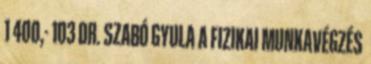
1 400,- 103 DR. SZABÓ GYULA A FIZIKAI MUNKAVÉGZÉS